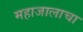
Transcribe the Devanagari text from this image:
महाजालाचा